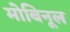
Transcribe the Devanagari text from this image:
मोबिनूल